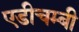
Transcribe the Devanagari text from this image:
एडीचम्बी